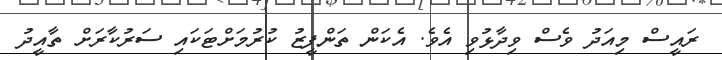
ރައީސް މިއަދު ވެސް ވިދާޅުވި އެވެ. އެކަން ތަންފީޒު ކުރުމަށްޓަކައި ސަރުކާރަށް ތާއީދު